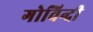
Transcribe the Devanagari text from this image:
गोविन्दी